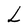
Character: L